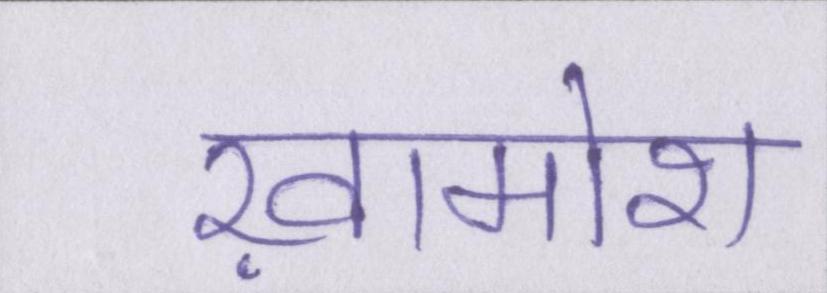
ख़ामोश